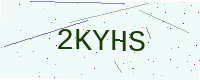
Text: 2KYHS